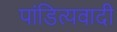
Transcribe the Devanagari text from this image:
पांडित्यवादी